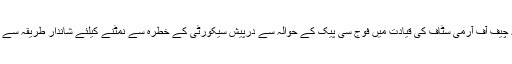
انہوں نے کہا کہ چیف آف آرمی سٹاف کی قیادت میں فوج سی پیک کے حوالہ سے درپیش سیکورٹی کے خطرہ سے نمٹنے کیلئے شاندار طریقہ سے کام کر رہی ہے۔